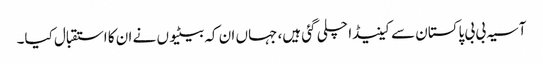
آسیہ بی بی پاکستان سے کینیڈا چلی گئی ہیں، جہاں ان کہ بیٹیوں نے ان کا استقبال کیا۔